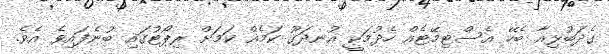
ގެދަބުޅިއާ ބެހޭ އެސްޓިމޭޓެއް ހެދުމަކީ އުނދަގޫ ކަމެއް ކަމަށް ރިޕޯޓުގައި ބުނެފައިވެ އެވެ.